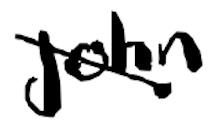
Text: John
Cross-out: diagonal
Writing tool: digital_black